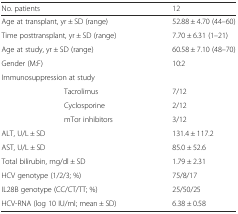
<table><thead><tr><td colspan="2"><b>No. patients</b></td><td><b>12</b></td></tr></thead><tbody><tr><td colspan="2">Age at transplant, yr ± SD (range)</td><td>52.88 ± 4.70 (44–60)</td></tr><tr><td colspan="2">Time posttransplant, yr ± SD (range)</td><td>7.70 ± 6.31 (1–21)</td></tr><tr><td colspan="2">Age at study, yr ± SD (range)</td><td>60.58 ± 7.10 (48–70)</td></tr><tr><td colspan="2">Gender (M:F)</td><td>10:2</td></tr><tr><td colspan="2">Immunosuppression at study</td><td></td></tr><tr><td></td><td>Tacrolimus</td><td>7/12</td></tr><tr><td></td><td>Cyclosporine</td><td>2/12</td></tr><tr><td></td><td>mTor inhibitors</td><td>3/12</td></tr><tr><td colspan="2">ALT, U/L ± SD</td><td>131.4 ± 117.2</td></tr><tr><td colspan="2">AST, U/L ± SD</td><td>85.0 ± 52.6</td></tr><tr><td colspan="2">Total bilirubin, mg/dl ± SD</td><td>1.79 ± 2.31</td></tr><tr><td colspan="2">HCV genotype (1/2/3; %)</td><td>75/8/17</td></tr><tr><td colspan="2">IL28B genotype (CC/CT/TT; %)</td><td>25/50/25</td></tr><tr><td colspan="2">HCV-RNA (log 10 IU/ml; mean ± SD)</td><td>6.38 ± 0.58</td></tr></tbody></table>